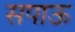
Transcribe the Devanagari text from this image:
सपाऊ